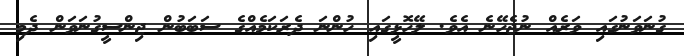
ގުނަވަނުގައި ވަރެއް ނުޖެހޭނެ އެވެ. ލޭހޮޅީގައި ހުންނަ ދެރަކަމެއްގެ ސަބަބުން ޖިންސީގުނަވަން ދެމި